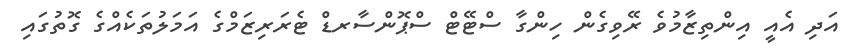
އަދި އެއީ އިންތިޒާމުވެ ރޭވިގެން ހިންގާ ސްޓޭޓް ސްޕޮންސާރޑް ޓެރަރިޒަމްގެ އަމަލުތަކެއްގެ ގޮތުގައި